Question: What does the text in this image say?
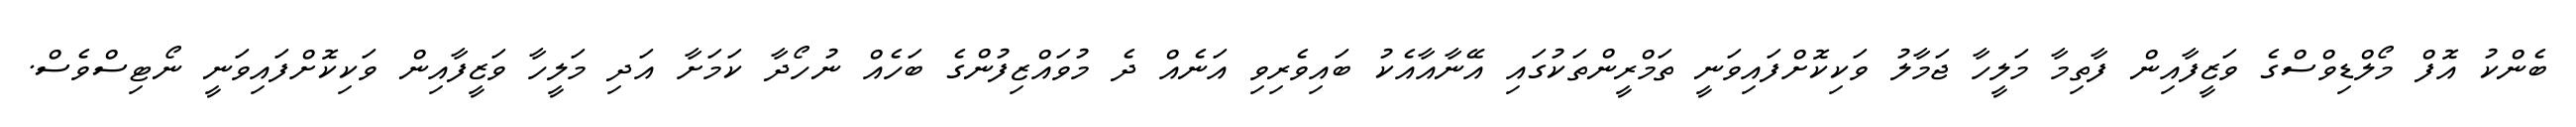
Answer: ބެންކު އޮފް މޯލްޑިވްސްގެ ވަޒީފާއިން ފާތިމާ މަލީހާ ޖަމާލު ވަކިކޮށްފައިވަނީ ތަމްރީންތަކުގައި އޭނާއާއެކު ބައިވެރިވި އަނެއް ދެ މުވައްޒިފުންގެ ބަހެއް ނުހޯދާ ކަމަށާ އަދި މަލީހާ ވަޒީފާއިން ވަކިކޮށްފައިވަނީ ނޯޓިސްވެސް.